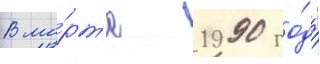
В ма́рт'е 1990 го́да